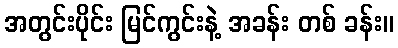
အတွင်းပိုင်း မြင်ကွင်းနဲ့ အခန်း တစ် ခန်း။